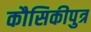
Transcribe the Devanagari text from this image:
कौसिकीपुत्र